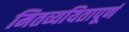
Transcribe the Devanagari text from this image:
मितव्ययितापूर्ण